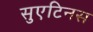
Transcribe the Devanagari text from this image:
सुएटिनस